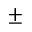
\pm